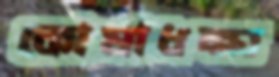
কোষাধক্ষ্য